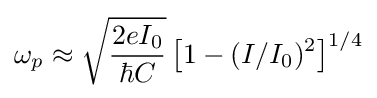
\omega _{p}\approx {\sqrt {\frac {2eI_{0}}{\hbar C}}}\left[1-(I/I_{0})^{2}\right]^{1/4}